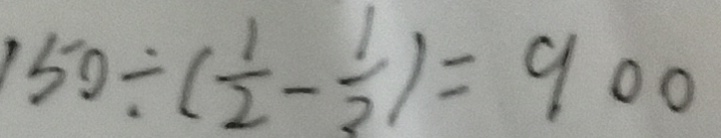
1 5 0 \div ( \frac { 1 } { 2 } - \frac { 1 } { 3 } ) = 9 0 0